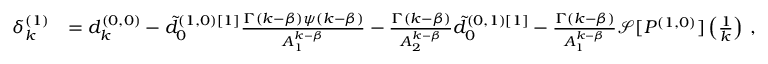
\begin{array} { r l } { \delta _ { k } ^ { ( 1 ) } } & { = d _ { k } ^ { ( 0 , 0 ) } - \tilde { d } _ { 0 } ^ { ( 1 , 0 ) [ 1 ] } \frac { \Gamma ( k - \beta ) \psi ( k - \beta ) } { A _ { 1 } ^ { k - \beta } } - \frac { \Gamma ( k - \beta ) } { A _ { 2 } ^ { k - \beta } } \tilde { d } _ { 0 } ^ { ( 0 , 1 ) [ 1 ] } - \frac { \Gamma ( k - \beta ) } { A _ { 1 } ^ { k - \beta } } \mathcal { S } [ P ^ { ( 1 , 0 ) } ] \left( \frac 1 k \right) \, , } \end{array}